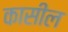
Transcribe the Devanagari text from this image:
कासील